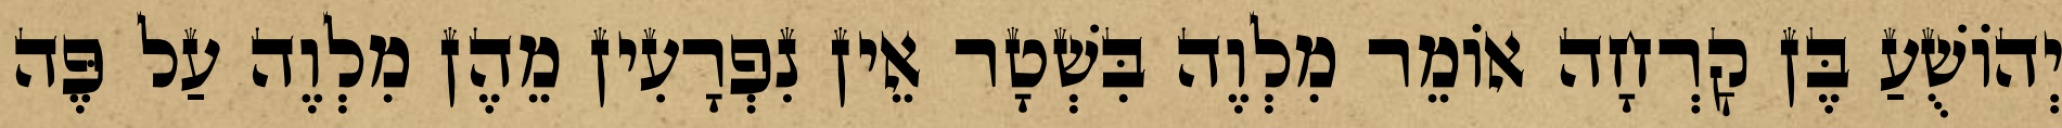
יְהוֹשֻׁעַ בֶּן קׇרְחָה אוֹמֵר מִלְוֶה בִּשְׁטָר אֵין נִפְרָעִין מֵהֶן מִלְוֶה עַל פֶּה